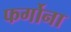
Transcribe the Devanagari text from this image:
फर्गोना